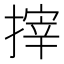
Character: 𢲟